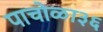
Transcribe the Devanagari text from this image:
पाचोळा३६